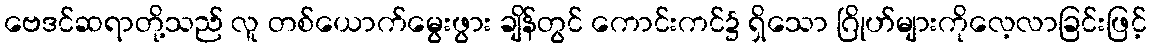
ဗေဒင်ဆရာတို့သည် လူ တစ်ယောက်မွေးဖွား ချိန်တွင် ကောင်းကင်၌ ရှိသော ဂြိုဟ်များကိုလေ့လာခြင်းဖြင့်